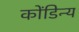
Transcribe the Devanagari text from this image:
कोंडिन्य